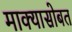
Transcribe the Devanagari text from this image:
माक्यासोबत